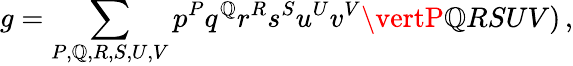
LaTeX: g=\sum_{P,\mathbb{Q},R,S,U,V}p^{P}q^{\mathbb{Q}}r^{R}s^{S}u^{U}v^{V}\vertP\mathbb{Q}RSUV)\, ,